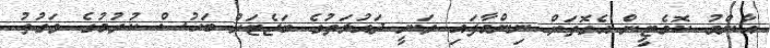
އާންމު ކޮމެޓީން އެގޮތަށް ނިންމާފައި ވަނީ ދައުލަތުގެ ބަޖެޓަށް ބަހުސް ކުރުމުގެ ވަގުތު